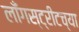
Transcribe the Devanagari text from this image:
लाँगस्ट्रीटच्या